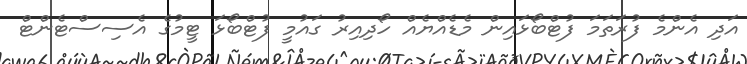
އަދި އެންމެ ފުރަތަމަ ފުޓްބޯޅައިން މެޑެއްޔެއް ހޯދިއިރު ގައުމީ ފުޓްބޯޅަ ޓީމުގެ އެސިސްޓެންޓް